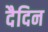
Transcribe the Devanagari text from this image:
दैदिन